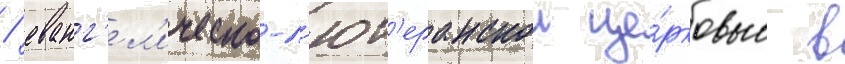
/ еванг'ел'ическо-л'ют'еранскои це́рковью в